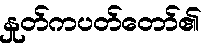
နှုတ်ကပတ်တော်၏